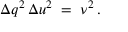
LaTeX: { \Delta q } ^ { 2 } \, { \Delta u } ^ { 2 } \; = \; \nu ^ { 2 } \, .